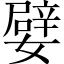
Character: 嬖